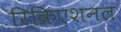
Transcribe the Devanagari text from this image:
रिक्रिएशनल